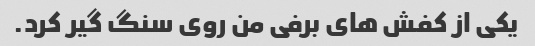
یکی از کفش های برفی من روی سنگ گیر کرد.